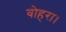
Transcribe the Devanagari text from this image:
वोहरा।